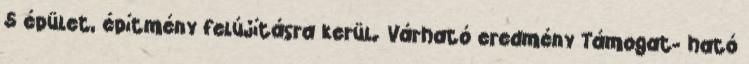
5 épület, építmény felújításra kerül. Várható eredmény Támogat- ható